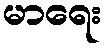
မာရေး